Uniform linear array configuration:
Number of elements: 24
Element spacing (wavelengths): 1
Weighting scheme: blackman
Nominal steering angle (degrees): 30
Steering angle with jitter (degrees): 29.113
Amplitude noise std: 0.05
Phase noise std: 0.05

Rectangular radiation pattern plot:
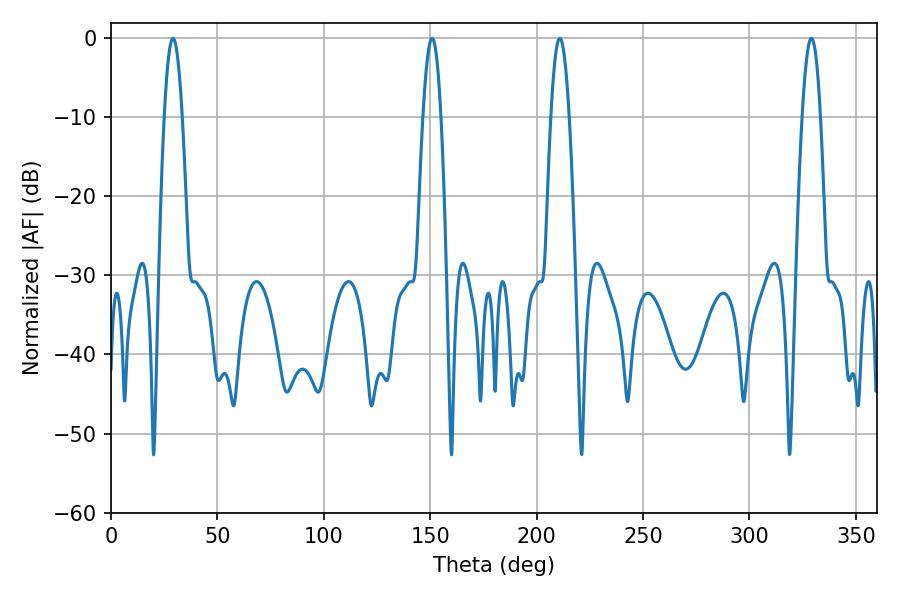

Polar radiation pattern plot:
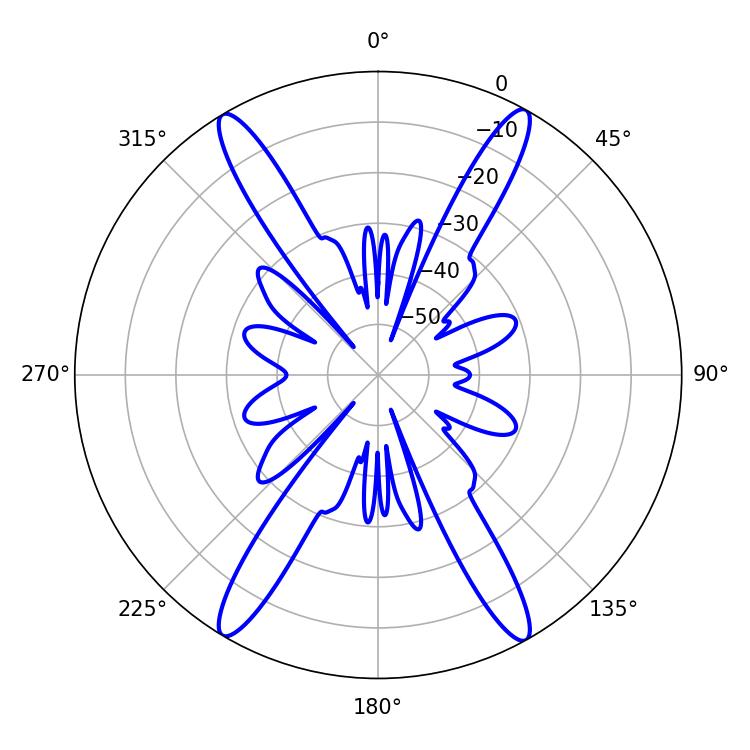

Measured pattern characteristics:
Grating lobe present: TRUE
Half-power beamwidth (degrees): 4.68
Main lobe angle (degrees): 29.16